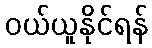
ဝယ်ယူနိုင်ရန်